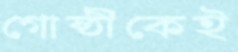
গোষ্ঠীকেই